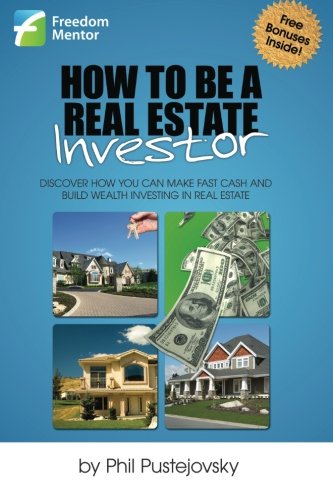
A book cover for How to be a Real Estate Investor; Phil Pustejovsky; Business & Money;